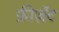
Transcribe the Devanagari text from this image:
फ़ीज़ॅंट